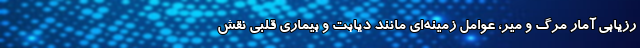
رزیابی آمار مرگ و میر، عوامل زمینه‌ای مانند دیابت و بیماری قلبی نقش